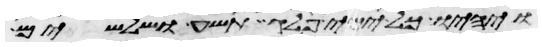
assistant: ויהיו כל ימי פלג תשע ושלשים